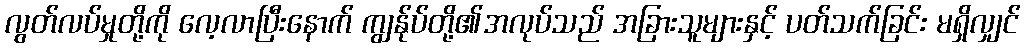
လွတ်လပ်မှုတို့ကို လေ့လာပြီးနောက် ကျွန်ုပ်တို့၏အလုပ်သည် အခြားသူများနှင့် ပတ်သက်ခြင်း မရှိလျှင်